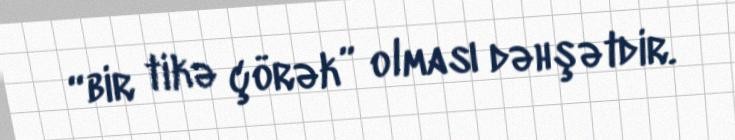
“bir tikə çörək” olması dəhşətdir.